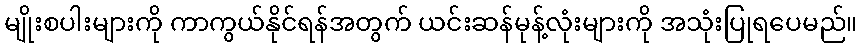
မျိုးစပါးများကို ကာကွယ်နိုင်ရန်အတွက် ယင်းဆန်မုန့်လုံးများကို အသုံးပြုရပေမည်။